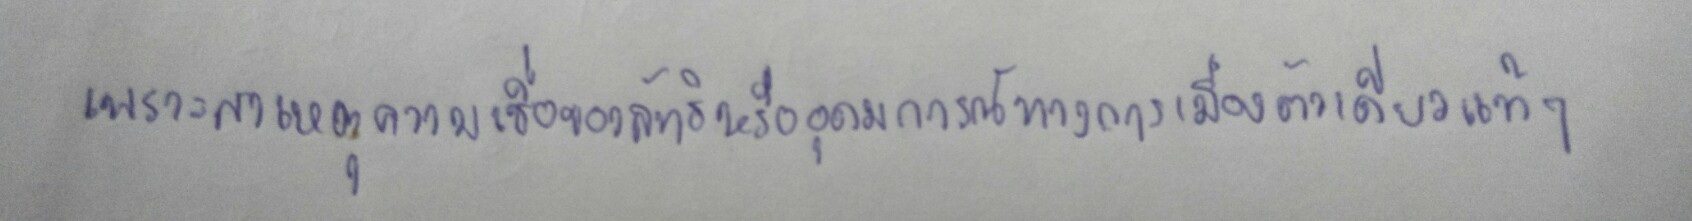
เพราะสาเหตุความเชื่อของลัทธิหรืออุดมการณ์ทางการเมืองตัวเดียวแท้ๆ